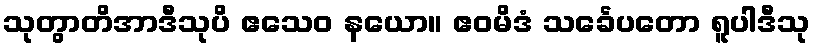
သုတွာတိအာဒီသုပိ ဧသေဝ နယော။ ဧဝမိဒံ သင်္ခေပတော ရူပါဒီသု